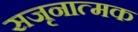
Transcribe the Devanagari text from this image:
सजृनात्मक